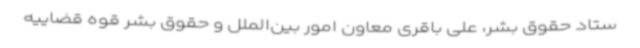
ستاد حقوق بشر، علی باقری معاون امور بین‌الملل و حقوق بشر قوه‌ قضاییه